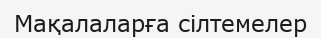
Мақалаларға сілтемелер